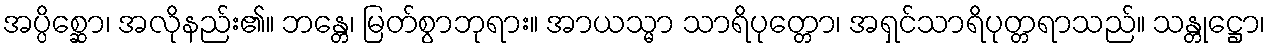
အပ္ပိစ္ဆော၊ အလိုနည်း၏။ ဘန္တေ၊ မြတ်စွာဘုရား။ အာယသ္မာ သာရိပုတ္တော၊ အရှင်သာရိပုတ္တရာသည်။ သန္တုဋ္ဌော၊